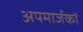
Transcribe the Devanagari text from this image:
अपमार्जकों